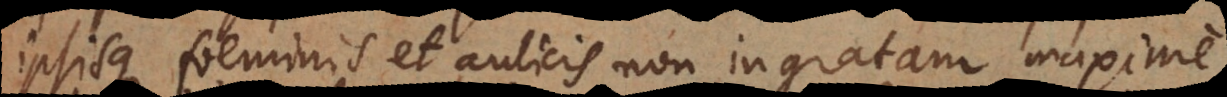
ipsisque foeminis et aulicis non ingratam, maxime